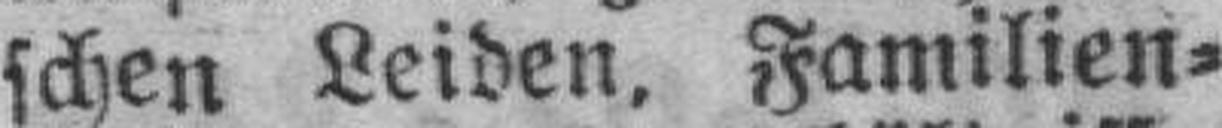
schen Leiden. Familien=